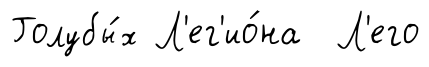
Голубы́х Л'ег'ио́на Л'его